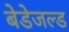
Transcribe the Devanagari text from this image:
बेडेजल्ड